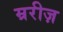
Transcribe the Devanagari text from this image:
म्ररीज़